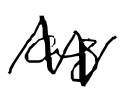
Text: as
Cross-out: zig-zag
Writing tool: digital_black